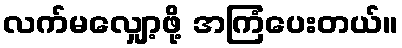
လက်မလျှော့ဖို့ အကြံပေးတယ်။